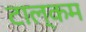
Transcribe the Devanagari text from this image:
टाल्कम